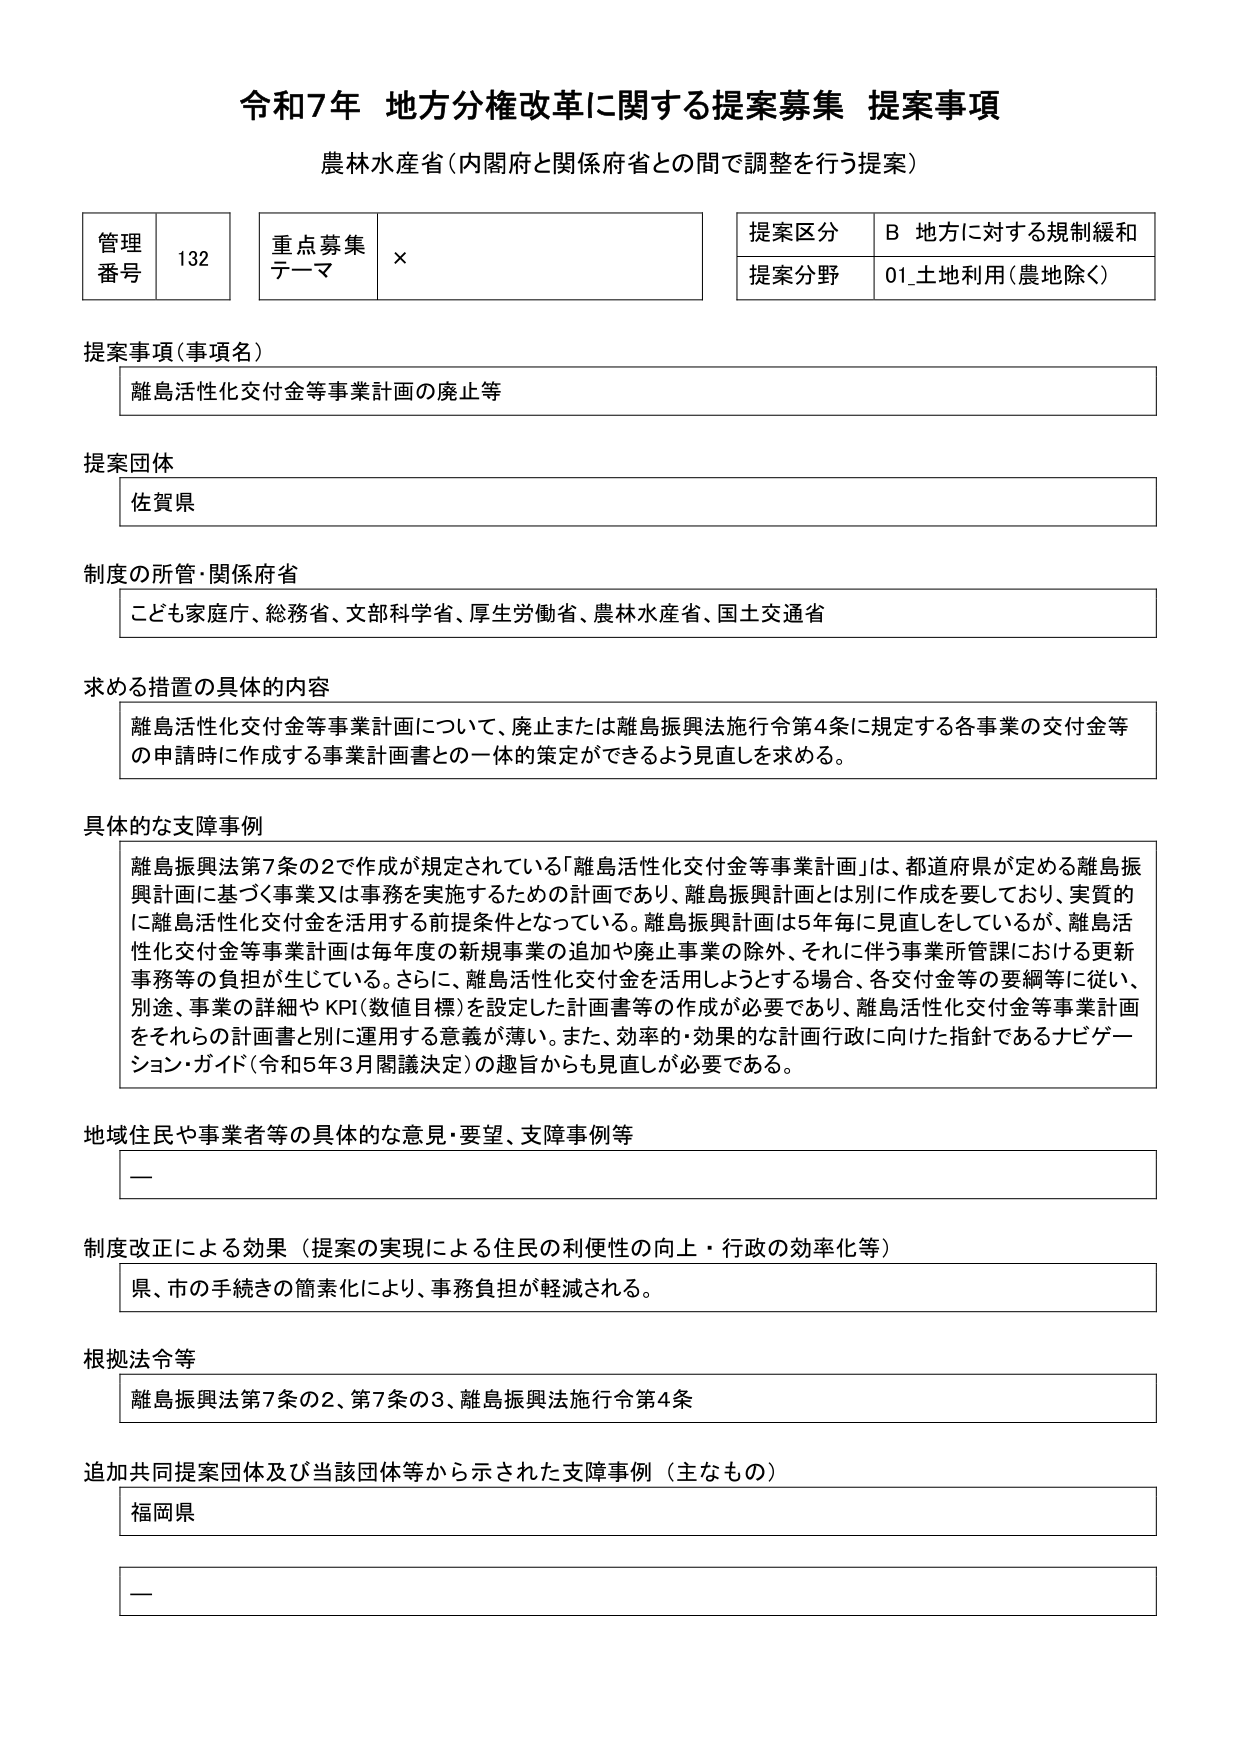
令和7年 地方分権改革に関する提案募集 提案事項
農林水産省（内閣府と関係府省との間で調整を行う提案）

管理番号 132
重点募集テーマ ×
提案区分 B 地方に対する規制緩和
提案分野 01_土地利用（農地除く）

提案事項（事項名）
離島活性化交付金等事業計画の廃止等

提案団体
佐賀県

制度の所管・関係府省
こども家庭庁、総務省、文部科学省、厚生労働省、農林水産省、国土交通省

求める措置の具体的内容
離島活性化交付金等事業計画について、廃止または離島振興法施行令第4条に規定する各事業の交付金等の申請時に作成する事業計画書との一体的策定ができるよう見直しを求める。

具体的な支障事例
離島振興法第7条の2で作成が規定されている「離島活性化交付金等事業計画」は、都道府県が定める離島振興計画に基づく事業又は事務を実施するための計画であり、離島振興計画とは別に作成を要しており、実質的に離島活性化交付金等を活用する前提条件となっている。離島振興計画は5年毎に見直しをしているが、離島活性化交付金等事業計画は毎年度の新規事業の追加や廃止事業の除外、それに伴う事業所管課における更新事務等の負担が生じている。さらに、離島活性化交付金を活用しようとする場合、各交付金等の要綱等に従い、別途、事業の詳細やKPI（数値目標）を設定した計画書等の作成が必要であり、離島活性化交付金等事業計画をそれらの計画書と別に運用する意義が薄い。また、効率的・効果的な計画行政に向けた指針であるナビゲーション・ガイド（令和5年3月閣議決定）の趣旨からも見直しが必要である。

地域住民や事業者等の具体的な意見・要望、支障事例等
—

制度改正による効果（提案の実現による住民の利便性の向上・行政の効率化等）
県、市の手続きの簡素化により、事務負担が軽減される。

根拠法令等
離島振興法第7条の2、第7条の3、離島振興法施行令第4条

追加共同提案団体及び当該団体等から示された支障事例（主なもの）
福岡県
—